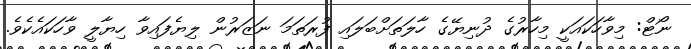
ނޯޓް: މިވާހަކައަކީ މިހާރުގެ ދުނިޔޭގެ ހާލަތަށްބަލައި ފުރަތަމަ ނަޒަރުން ލިޔެފައިވާ ހިޔާލީ ވާހަކައެކެވެ.